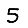
Digit: 5